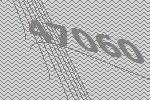
47060